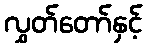
လွှတ်တော်နှင့်